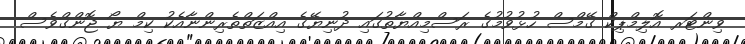
ވިންޓަރ އޮލިމްޕިކް ގޭމްސް ހުޅުވުމުގެ ރަސްމިއްޔާތުގައި ދުނިޔޭގެ އިއްޒަތްތެރިންނާއެކު ކިމް ޔޯ ޖޮންގްވެސް